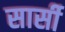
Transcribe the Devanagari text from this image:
सार्सी